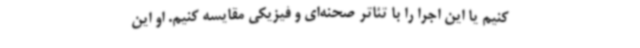
کنیم یا این اجرا را با تئاتر صحنه‌ای و فیزیکی مقایسه کنیم. او این